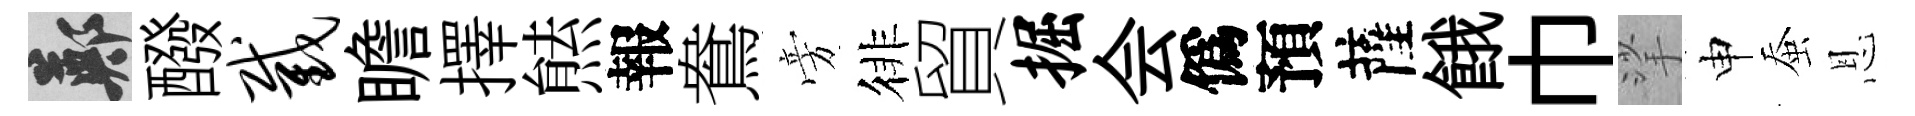
鄭醱截瞻擇㷱報鴦旁徘貿掘会僞預薩餓巾挲申蚕恩